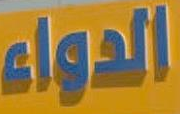
الدواء